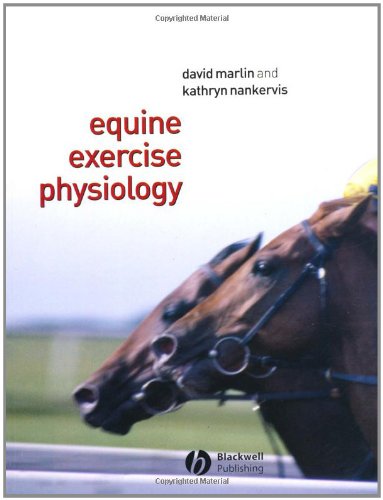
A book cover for Equine Exercise Physiology; David Marlin; Medical Books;